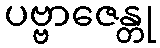
ပဗ္ဗာဇေန္တု